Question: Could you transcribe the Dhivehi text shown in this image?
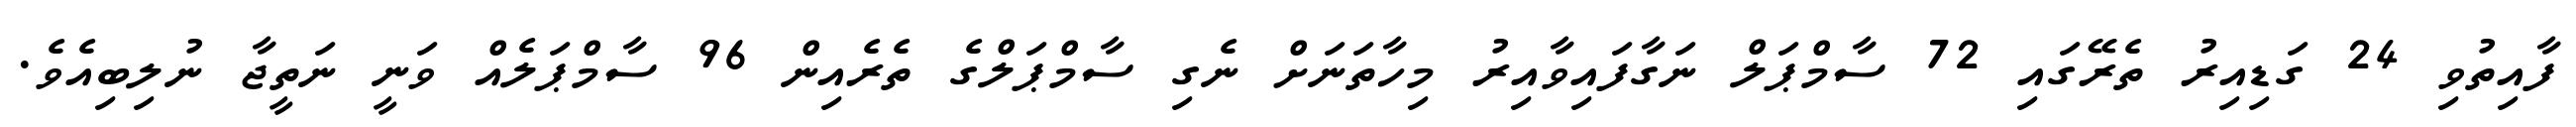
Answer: ފާއިތުވި 24 ގަޑިއިރު ތެރޭގައި 72 ސާމްޕަލް ނަގާފައިވާއިރު މިހާތަނަށް ނެގި ސާމްޕަލްގެ ތެރެއިން 96 ސާމްޕަލެއް ވަނީ ނަތީޖާ ނުލިބިއެވެ.